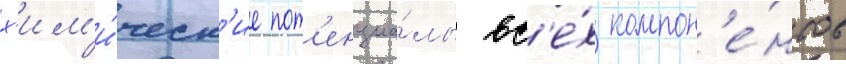
х'им'и́ческ'ие пот'енциа́лы вс'е́х компон'е́нтов